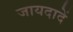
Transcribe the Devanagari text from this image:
जायदादें